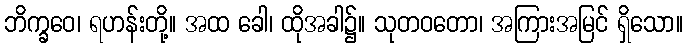
ဘိက္ခဝေ၊ ရဟန်းတို့။ အထ ခေါ၊ ထိုအခါ၌။ သုတဝတော၊ အကြားအမြင် ရှိသော။